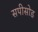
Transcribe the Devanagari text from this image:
सपीसोड